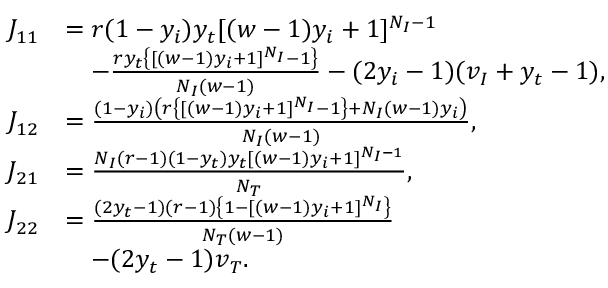
\begin{array} { r l } { J _ { 1 1 } } & { = r ( 1 - y _ { i } ) y _ { t } [ ( w - 1 ) y _ { i } + 1 ] ^ { N _ { I } - 1 } } \\ & { \quad - \frac { r y _ { t } \left\{ [ ( w - 1 ) y _ { i } + 1 ] ^ { N _ { I } } - 1 \right\} } { N _ { I } ( w - 1 ) } - ( 2 y _ { i } - 1 ) ( v _ { I } + y _ { t } - 1 ) , } \\ { J _ { 1 2 } } & { = \frac { ( 1 - y _ { i } ) \left( r \left\{ [ ( w - 1 ) y _ { i } + 1 ] ^ { N _ { I } } - 1 \right\} + N _ { I } ( w - 1 ) y _ { i } \right) } { N _ { I } ( w - 1 ) } , } \\ { J _ { 2 1 } } & { = \frac { N _ { I } ( r - 1 ) ( 1 - y _ { t } ) y _ { t } [ ( w - 1 ) y _ { i } + 1 ] ^ { N _ { I } - 1 } } { N _ { T } } , } \\ { J _ { 2 2 } } & { = \frac { ( 2 y _ { t } - 1 ) ( r - 1 ) \left\{ 1 - [ ( w - 1 ) y _ { i } + 1 ] ^ { N _ { I } } \right\} } { N _ { T } ( w - 1 ) } } \\ & { \quad - ( 2 y _ { t } - 1 ) v _ { T } . } \end{array}